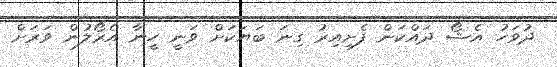
ދުވަހު އެޝޯ ދައްކަން ފެށިއިރު ގިނަ ބަޔަކަށް ވަނީ ހީނާ އެރޯލުން ވަރަށް